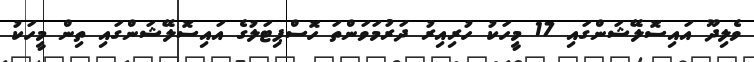
ވެލިދޫ އައިސޮލޭޝަންގައި 17 މީހަކު ހުރިއިރު ދަރުމަވަންތަ ހޮސްޕިޓަލުގެ އައިސޮލޭޝަންގައި ތިން މީހަކު